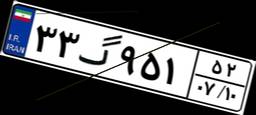
۳۳گ۹۵۱۵۲